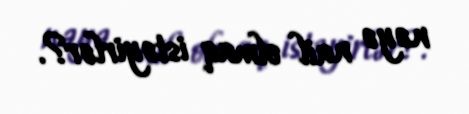
nəyə nail olmaq istəyirlər?.